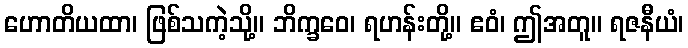
ဟောတိယထာ၊ ဖြစ်သကဲ့သို့။ ဘိက္ခဝေ၊ ရဟန်းတို့။ ဧဝံ၊ ဤအတူ။ ရဇနီယံ၊